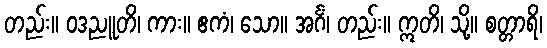
တည်း။ ဝဒညူတိ၊ ကား။ ဧကံ၊ သော။ အင်္ဂံ၊ တည်း။ ဣတိ၊ သို့။ စတ္တာရိ၊